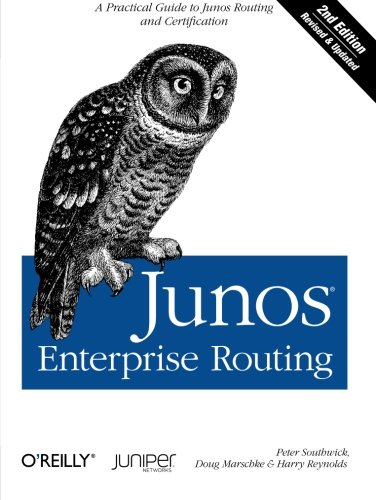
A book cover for Junos Enterprise Routing: A Practical Guide to Junos Routing and Certification; Peter Southwick; Computers & Technology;